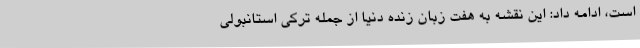
است، ادامه داد: این نقشه به هفت زبان زنده دنیا از جمله ترکی استانبولی